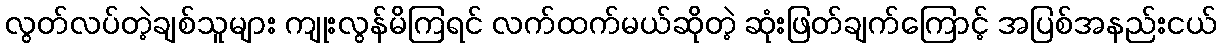
လွတ်လပ်တဲ့ချစ်သူများ ကျုးလွန်မိကြရင် လက်ထက်မယ်ဆိုတဲ့ ဆုံးဖြတ်ချက်ကြောင့် အပြစ်အနည်းငယ်